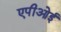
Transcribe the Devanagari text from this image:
एपीओई